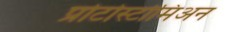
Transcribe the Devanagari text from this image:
प्रोटोस्टोमिअन